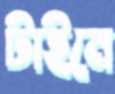
টাইমে